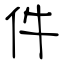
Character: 件